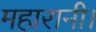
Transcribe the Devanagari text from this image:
महारानी।